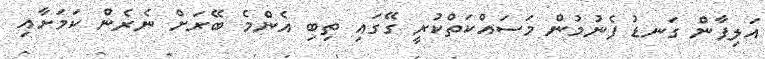
އަލިފާން ގަނޑު ފެނުމުން މަސައްކަތްކުރީ ގޭގައި ތިބި އެންމެ ބޭރަށް ނެރެން ކަމަށާއި